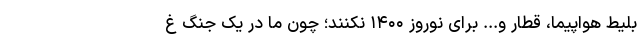
بلیط هواپیما، قطار و... برای نوروز ۱۴۰۰ نکنند؛ چون ما در یک جنگ غ